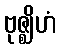
ဗုဇ္ဈိဟံ